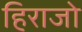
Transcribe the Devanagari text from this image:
हिराजो